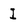
Character: I